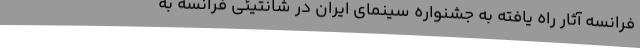
فرانسه آثار راه یافته به جشنواره سینمای ایران در شانتیئی فرانسه به